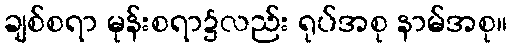
ချစ်စရာ မုန်းစရာ၌လည်း ရုပ်အစု နာမ်အစု။